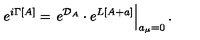
e ^ { i \Gamma [ A ] } = \left. e ^ { { \cal D } _ { A } } \cdot e ^ { L [ A + a ] } \right\vert _ { a _ { \mu } = 0 } .